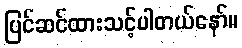
ပြင်ဆင်ထားသင့်ပါတယ်နော်။